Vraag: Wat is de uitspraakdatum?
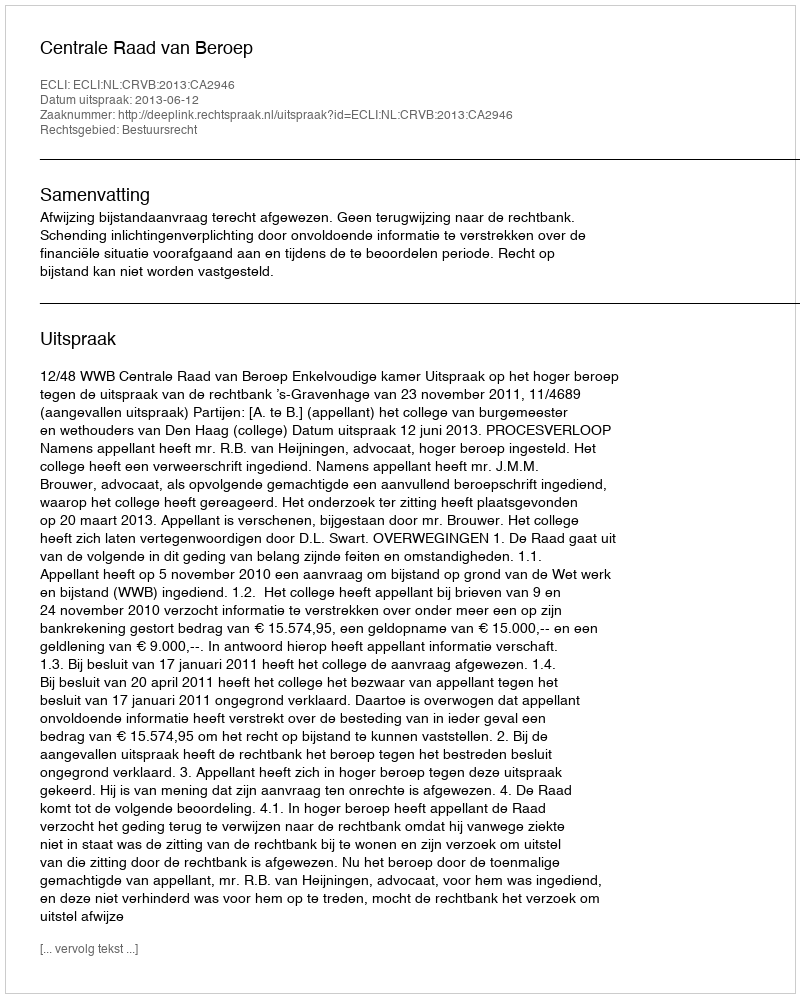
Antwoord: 2013-06-12